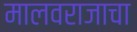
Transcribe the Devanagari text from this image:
मालवराजाचा